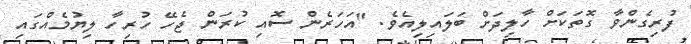
ފުރިގެންވާ ގޮތަކަށް ހާލިދަށް ބަލައިލިއެވެ. "އަހަރެން ސޮއި ކުރަން ޖެހޭ ހުރިހާ ލިޔުމެއްގައި